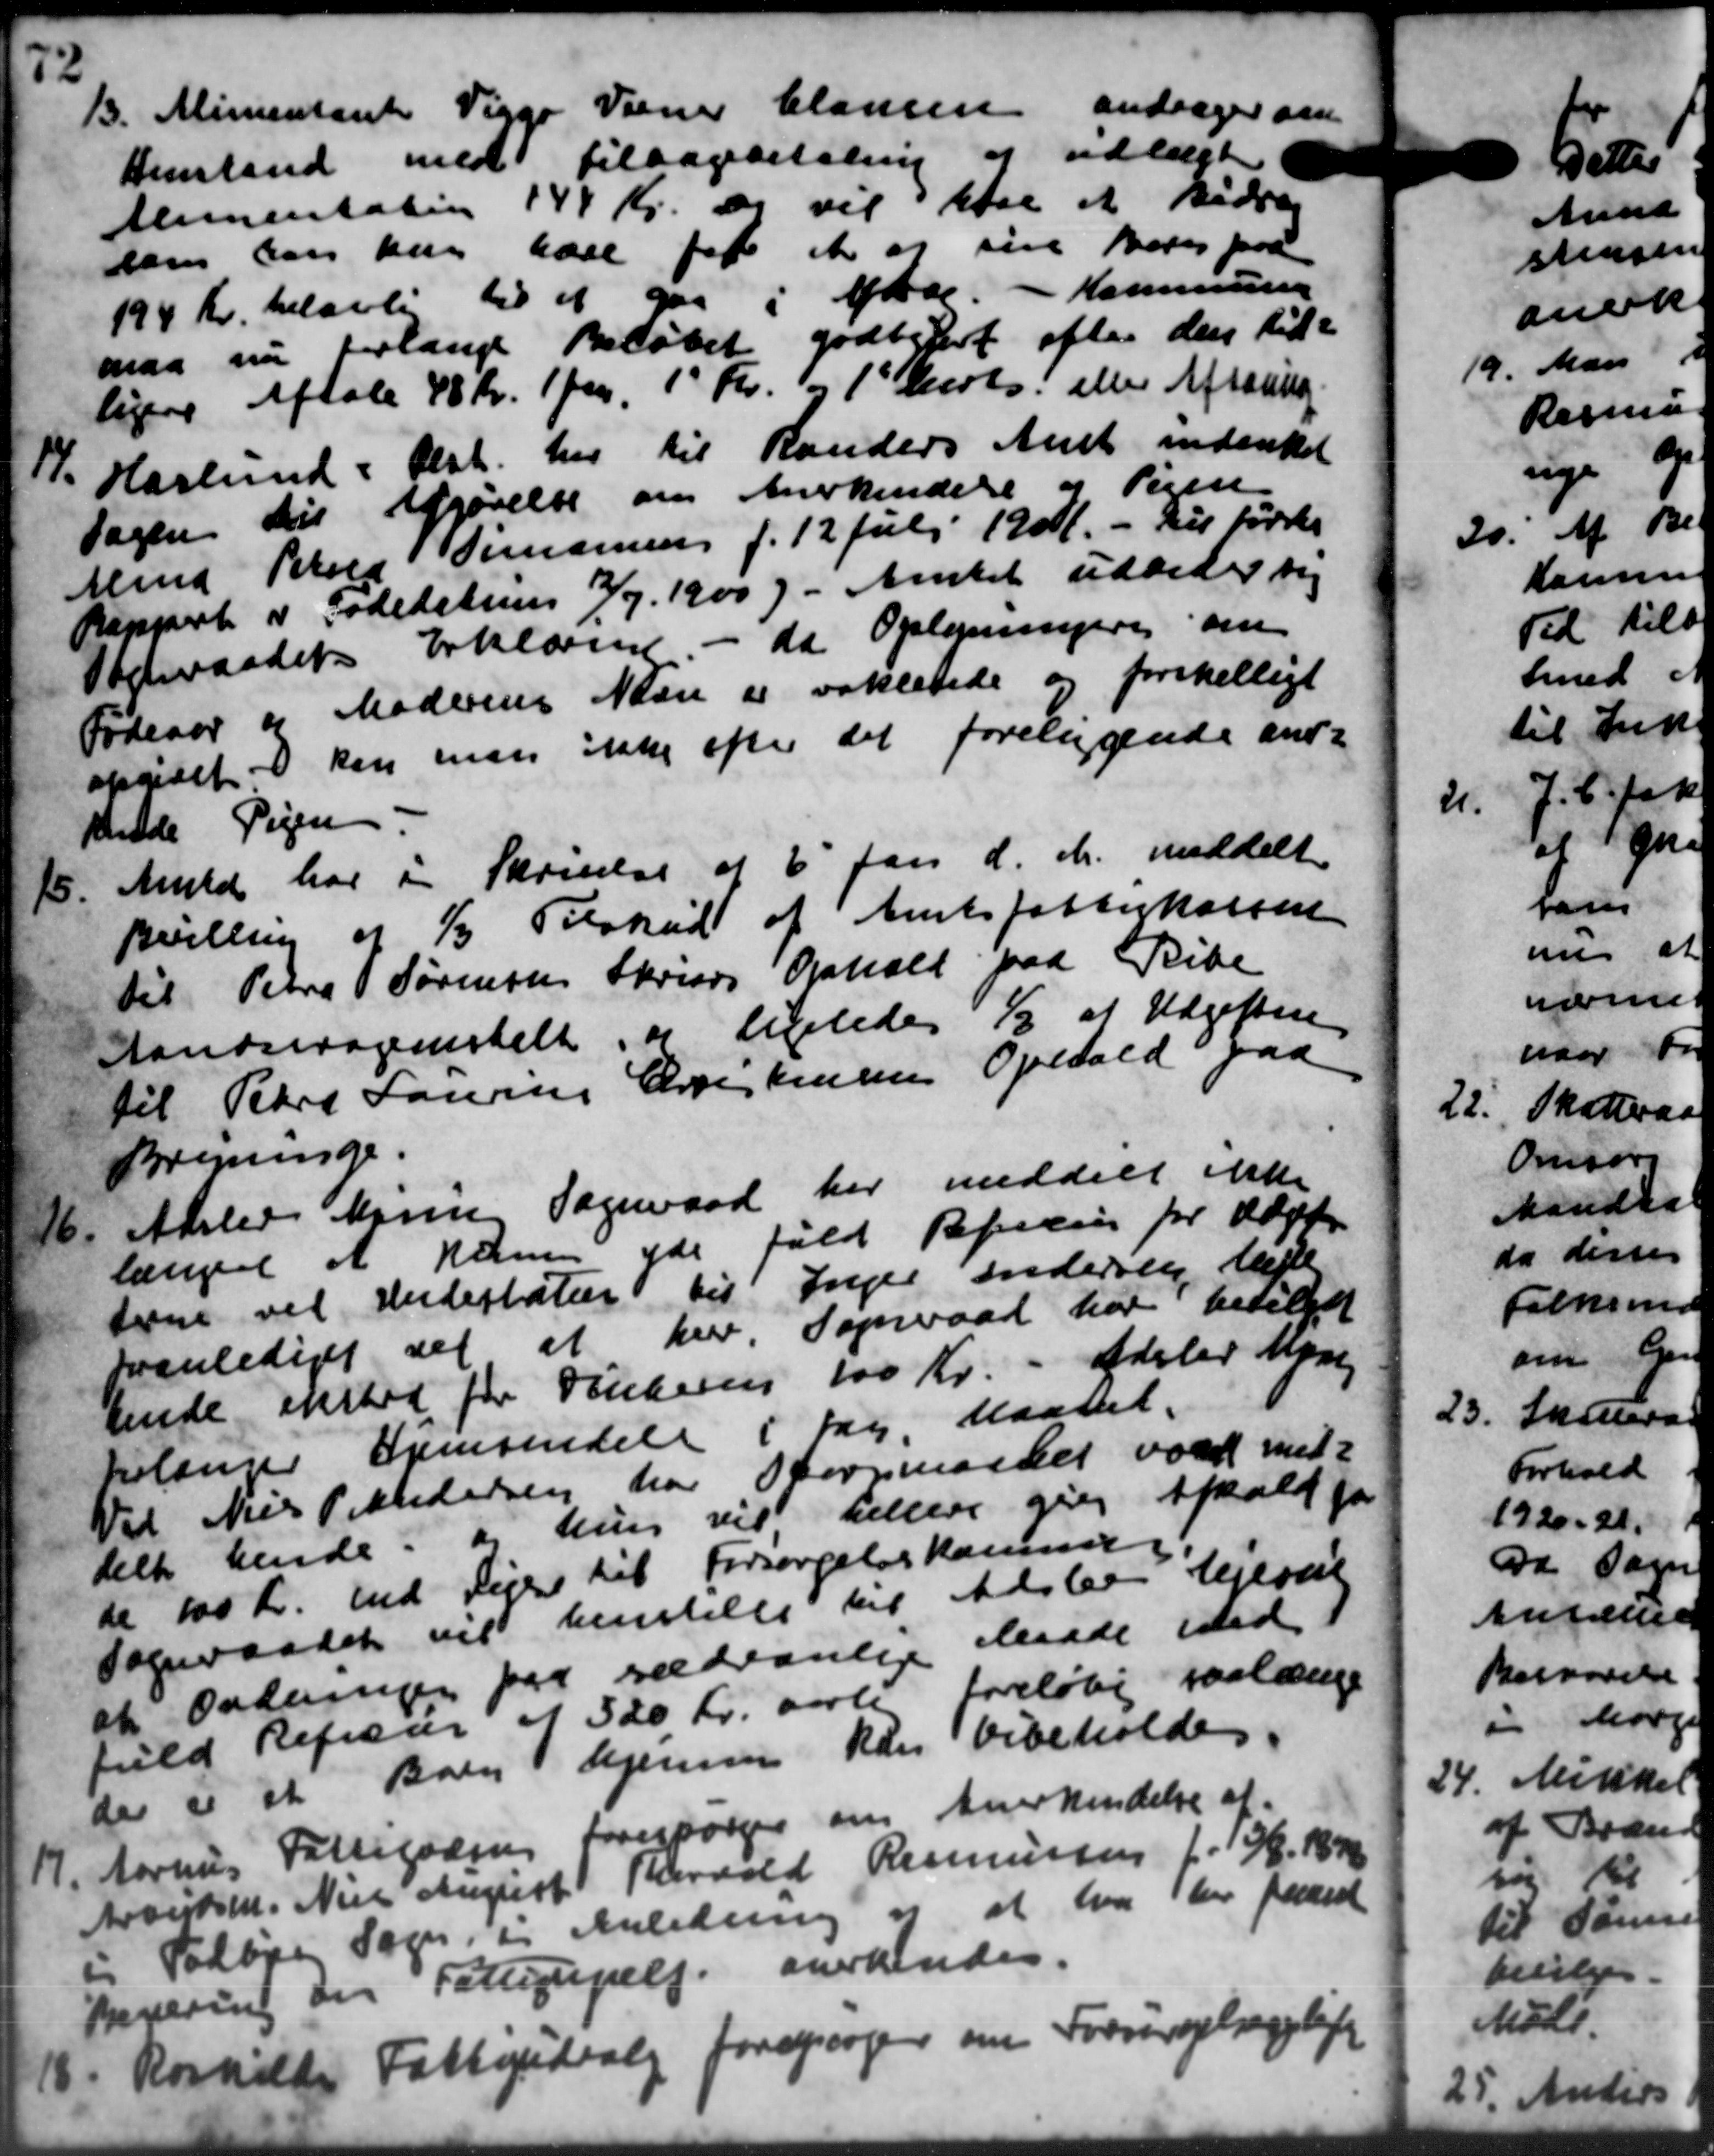
Transskription:
13.
Alimentant Viggo Varner Clausen andrager om
Henstand med tilbagebetaling af udlagte
Alimentaling 144 Kr. de vil køre et Bidrag
som kan har have for et at sin Betes paa
194 Kr. belavle til at i Abr. - Kommunen
maa nu forlange Beløbet godtgjort efter den til
ligere Aftale 48 Kr. 1 fv. 10 Kr. og 1' Decobs eller Afsoning.
1.
Haslund: Olst. her til Randers Amt indenkel
Sagen til Afgørelse om Anerkendelse og Pigen
Hmd Peters Jensen f. 12 Juli 1901 - til førtes
Rapport og Godestung 19/7. 1900). Amtet udbeder sig
Otteraadets Erklæring - da Oplysninger om
Foderør og Moderens Navn er vakkende og forskelligt
opgivet kan man ikke efter det foreliggende ans-
Mende Pigen.
15. Amtd har i Skrivelse af 6' Jan d. M. meddelt
15. Amtd har i Skrivelse af 6' Jan d. M. meddelt
Bevilling af 1/3 Tilskud af Amtsfattigkassen
til Petra Sørensen Skrives Ophold paa Ribe
Aandsdagenstelt, og ligeledes ½ af Udgiften
til Petra Lauren Christensens Opstald paa
Bregninge
Alslev Maren Sogneraad har meddelt ikke
16
længet at kunne yde fuld Repeling for Udg
terne ved Underbatur til Inger indersen lagte
Iranlediget til at her. Sogneraad har betale
hende ensted for Vinteren 100 Kr. Adeler Mare
forlænger fremsendelse i Sag. Maanet.
Vil Niels Pettedersen har Spørgsmaadet vare med
delte hende, og hun vil hellere give Afhold for
te 100 Kr. end Ligere til Forsørgelseskommi
Sogneraadet vil henstille til Adsler lejerse
at Ordningen paa sædvanlige derede med
fuld Refusag af 320 Kr. aarli foreløbig paalænge
de er et Barn hjemmer kan bibeholde
17.
Aarhus Fattigvæsens Forespørger om Anerkendelse af
Araertsen. Niels August Harvald Rasmussen f. 13/6. 1842
" Todlige Sogn, i Anledning og at har her faaet
Severing om Fattighjælp. anerkendes
18. Roskilde Fattigudvale forespørger om
18. Roskilde Fattigudvale forespørger om 1